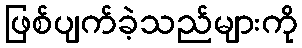
ဖြစ်ပျက်ခဲ့သည်များကို